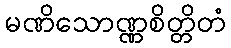
မဏိသောဏ္ဏစိတ္တိတံ